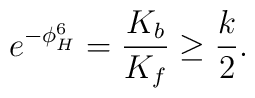
e^{-\phi^6_H}={K_b\over K_f}\geq {k\over 2}.